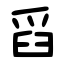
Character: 舀